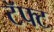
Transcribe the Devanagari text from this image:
टॅफ्ट